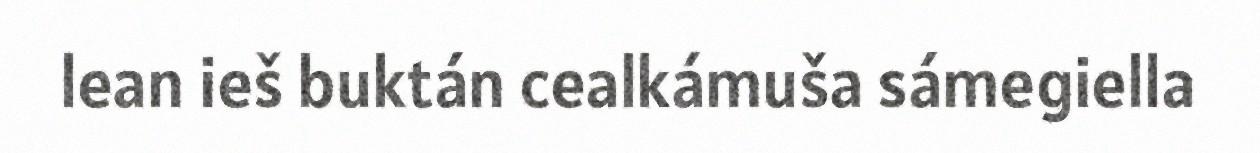
lean ieš buktán cealkámuša sámegiella